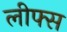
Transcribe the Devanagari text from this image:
लीफ्स